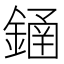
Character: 䥁